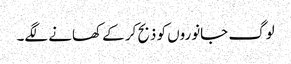
لوگ جانوروں کو ذبح کر کے کھانے لگے۔